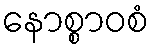
နောစ္စာဝစံ